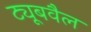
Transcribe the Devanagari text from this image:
ट्यूबवैल